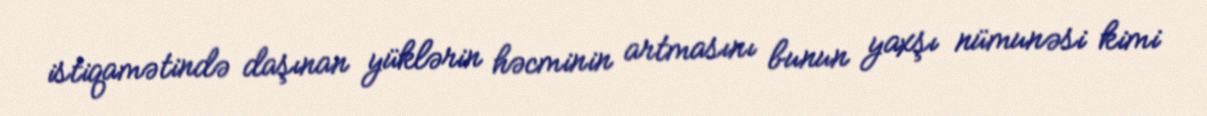
istiqamətində daşınan yüklərin həcminin artmasını bunun yaxşı nümunəsi kimi